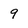
Character: 9